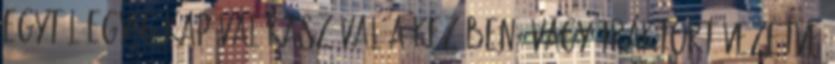
egytől egyig kapával kaszával a kezében, vagy traktort vezetve